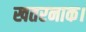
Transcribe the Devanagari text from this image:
खतरनाक।